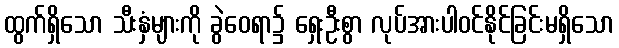
ထွက်ရှိသော သီးနှံများကို ခွဲဝေရာ၌ ရှေးဦးစွာ လုပ်အားပါဝင်နိုင်ခြင်းမရှိသော